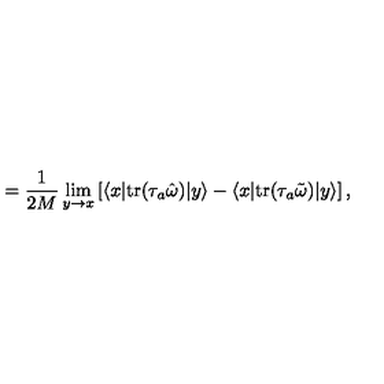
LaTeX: = \frac { 1 } { 2 M } \lim _ { y \to x } \left[ \langle x | \mathrm { t r } ( \tau _ { a } { \hat { \omega } } ) | y \rangle - \langle x | \mathrm { t r } ( \tau _ { a } { \tilde { \omega } } ) | y \rangle \right] ,